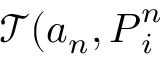
\mathcal { T } ( a _ { n } , \ensuremath { \boldsymbol { P } } _ { i } ^ { n }